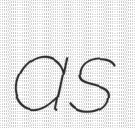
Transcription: as